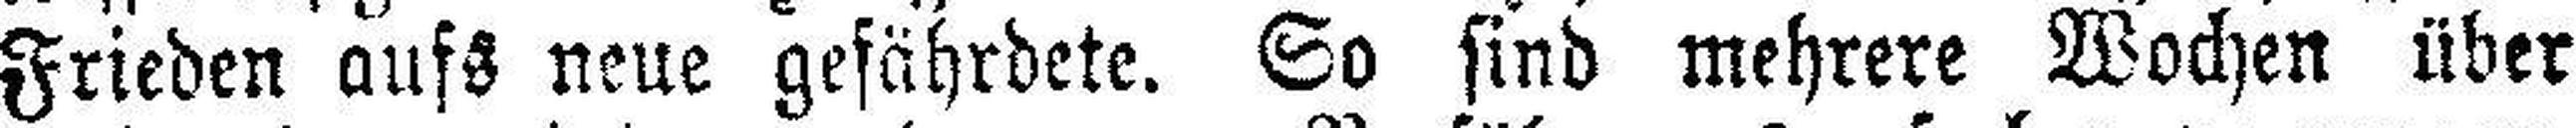
Frieden aufs neue gefährdete. So sind mehrere Wochen über